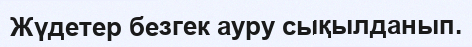
Жүдетер безгек ауру сықылданып.